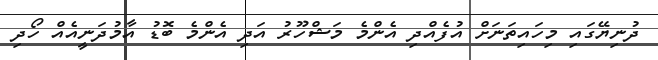
ދުނިޔޭގައި މިހައިތަނަށް އުފެއްދި އެންމެ މަޝްހޫރު އަދި އެންމެ ބޮޑު އާމުދަނީއެއް ހޯދި